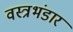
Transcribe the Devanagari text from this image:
वस्त्रभंडार